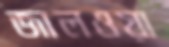
জালওয়া